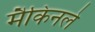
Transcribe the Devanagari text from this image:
मैकिनले